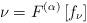
LaTeX: \begin{align*}\nu = F^{(\alpha)} \left[ f_{\nu} \right]\end{align*}